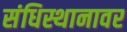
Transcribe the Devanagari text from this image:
संधिस्थानावर